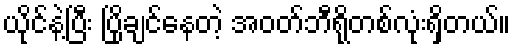
ယိုင်နဲ့ပြီး ပြိုချင်နေတဲ့ အဝတ်ဘီရိုတစ်လုံးရှိတယ်။